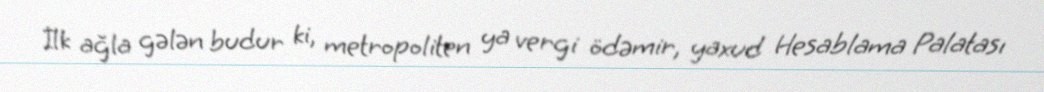
İlk ağla gələn budur ki, metropoliten ya vergi ödəmir, yaxud Hesablama Palatası